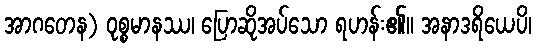
အာဂတေန) ဝုစ္စမာနဿ၊ ပြောဆိုအပ်သော ရဟန်း၏။ အနာဒရိယေပိ၊